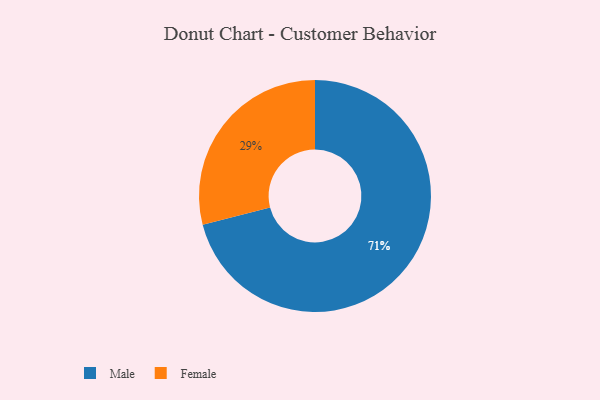
{"axis": {"x": "Category", "y": "Percentage"}, "legend": ["Female", "Male"], "data": [{"x": "Male", "y": 71, "type": "Male"}, {"x": "Female", "y": 29, "type": "Female"}]}